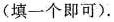
(填一个即可).